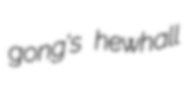
gong's hewhall